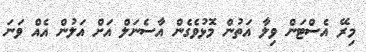
މިރޭ އެސްޓަން ވިލާ އަތުން މޮޅުވެގެން އާސެނަލް އަށް އަލުން އެއް ވަނަ